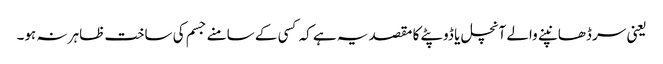
یعنی سر ڈھانپنے والے آنچل یا ڈوپٹے کا مقصد یہ ہے کہ کسی کے سامنے جسم کی ساخت ظاہر نہ ہو۔